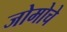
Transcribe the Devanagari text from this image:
जोमोचे